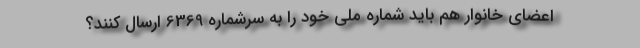
اعضای خانوار هم باید شماره ملی خود را به سرشماره 6369 ارسال کنند؟